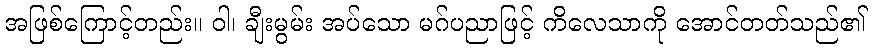
အဖြစ်ကြောင့်တည်း။ ဝါ၊ ချီးမွမ်း အပ်သော မဂ်ပညာဖြင့် ကိလေသာကို အောင်တတ်သည်၏